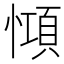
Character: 𢠷